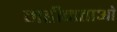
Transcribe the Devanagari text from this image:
महीनताओं